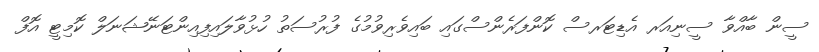
ސީން ބާއްވާ ސީނިއަރ އެޑިޓަރސް ކޮންފަރެންސްގައި ބައިވެރިވުމުގެ ފުރުސަތު ހުޅުވާލައިފިއިންޓަނޭޝަނަލް ކޮމިޓީ އޮފް